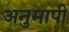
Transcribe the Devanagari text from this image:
अनुमापी